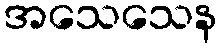
အသေသေန